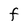
Character: F